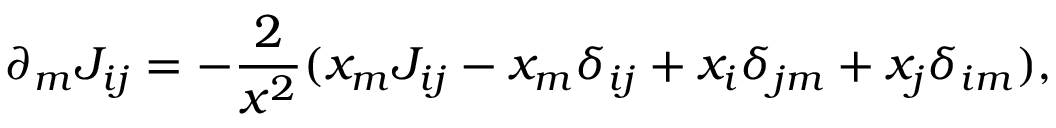
\partial _ { m } J _ { i j } = - \frac { 2 } { x ^ { 2 } } ( x _ { m } J _ { i j } - x _ { m } \delta _ { i j } + x _ { i } \delta _ { j m } + x _ { j } \delta _ { i m } ) ,